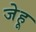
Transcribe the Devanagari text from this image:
जेहू